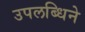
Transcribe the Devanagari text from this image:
उपलब्धिने